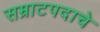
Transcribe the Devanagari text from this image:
सम्राटपदाचे